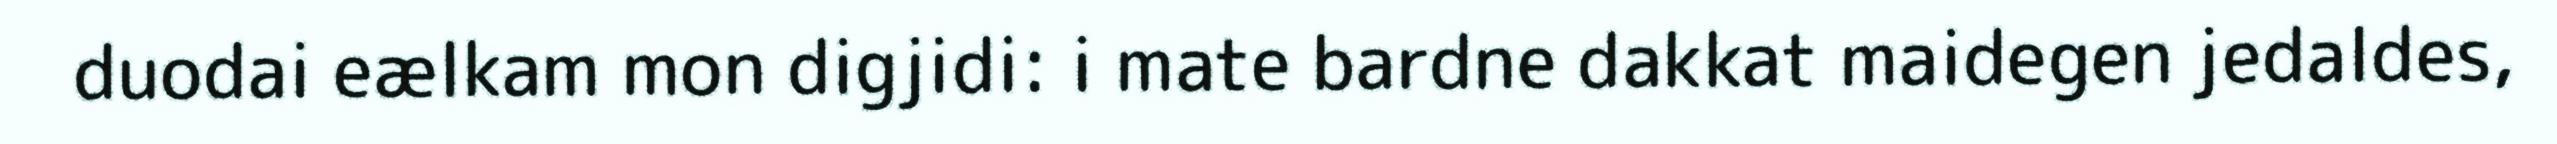
duodai eælkam mon digjidi: i mate bardne dakkat maidegen jedaldes,